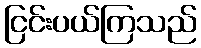
ငြင်းပယ်ကြသည်